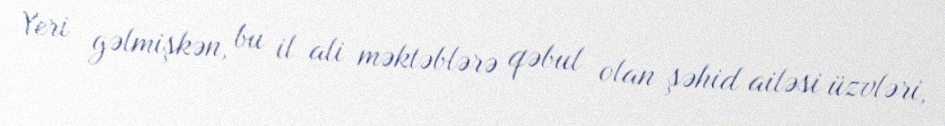
Yeri gəlmişkən, bu il ali məktəblərə qəbul olan şəhid ailəsi üzvləri,